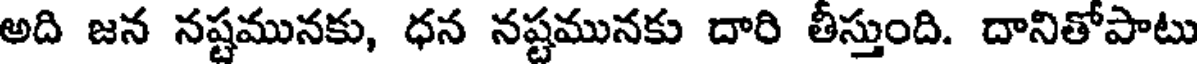
అది జన నష్టమునకు, ధన నష్టమునకు దారి తీస్తుంది. దానితోపాటు